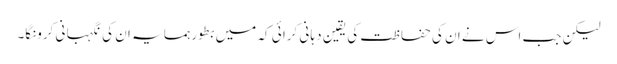
لیکن جب اس نے ان کی حفا ظت کی یقین دہا نی کرا ئی کہ میں بطور ہمسا یہ ان کی نگہبا نی کرونگا۔